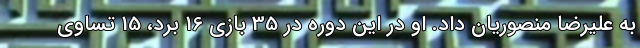
به علیرضا منصوریان داد. او در این دوره در 35 بازی 16 برد، 15 تساوی